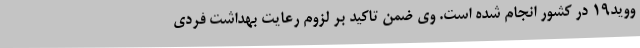
ووید19 در کشور انجام شده است. وی ضمن تاکید بر لزوم رعایت بهداشت فردی